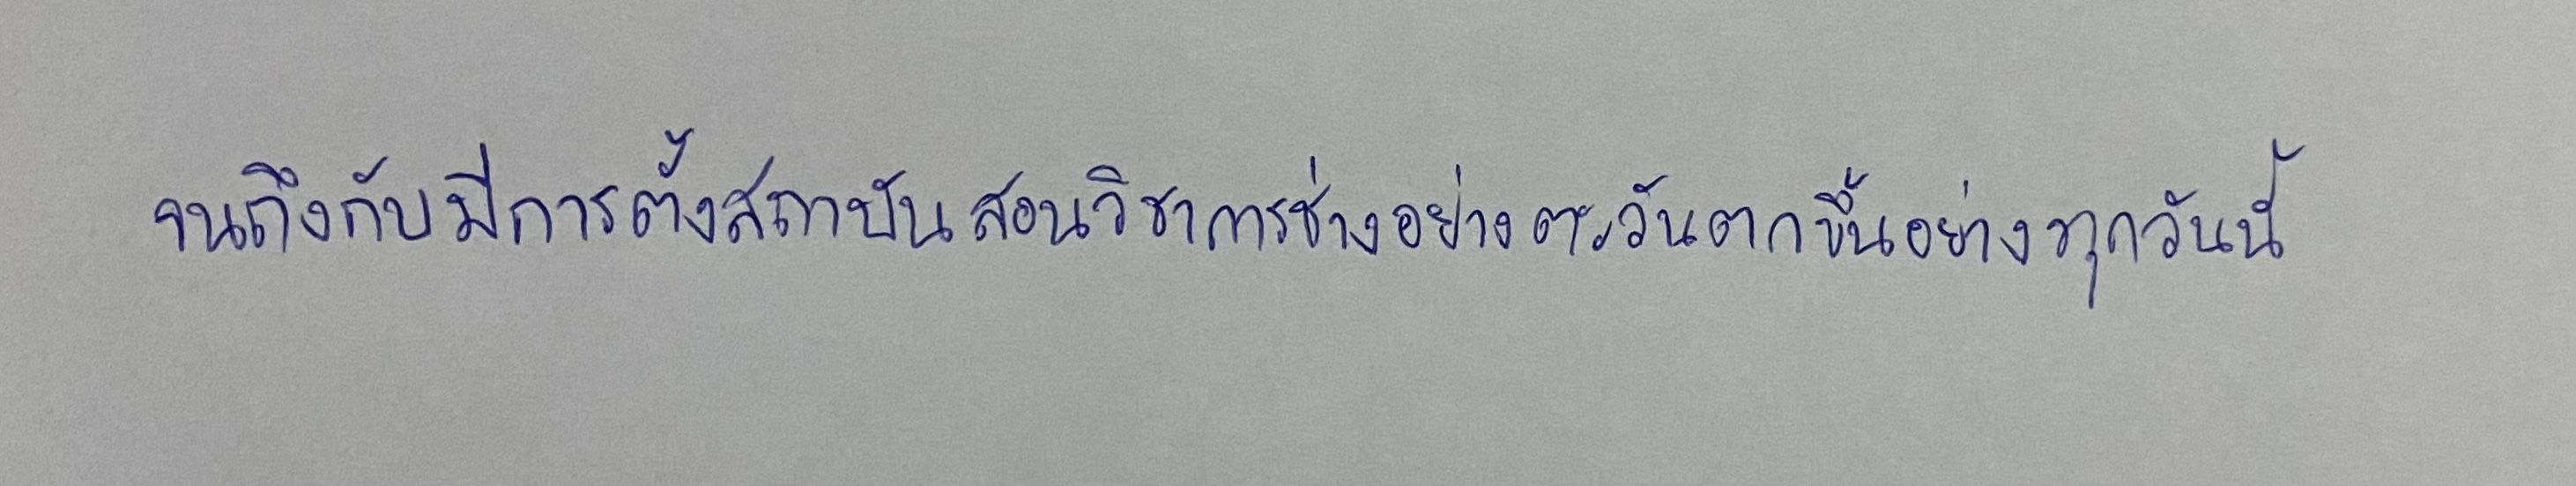
จนถึงกับมีการตั้งสถาบันสอนวิชาการช่างอย่างตะวันตกขึ้นอย่างทุกวันนี้